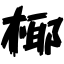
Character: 椰